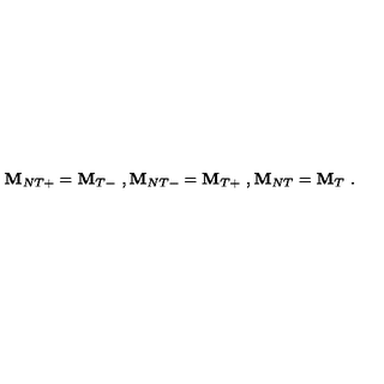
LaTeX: { \bf M } _ { N T + } = { \bf M } _ { T - } \ , { \bf M } _ { N T - } = { \bf M } _ { T + } \ , { \bf M } _ { N T } = { \bf M } _ { T } \ .